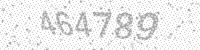
Solution: 464789